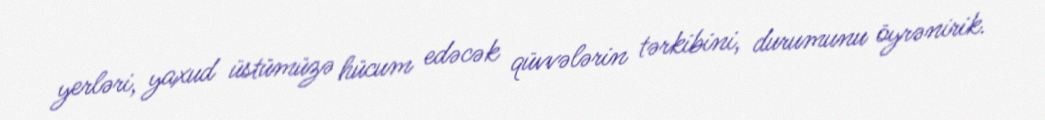
yerləri, yaxud üstümüzə hücum edəcək qüvvələrin tərkibini, durumunu öyrənirik.